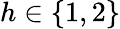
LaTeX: h\in\{ 1,2\}